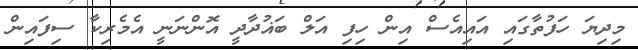
މިދިޔަ ހަފުތާގައި އަައިއެސް އިން ހިފި އަލް ބަޣުދާދީ އޮންނަނީ އެމެރިކާ ސިފައިން